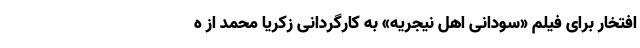
افتخار برای فیلم «سودانی اهل نیجریه» به کارگردانی زکریا محمد از ه